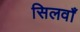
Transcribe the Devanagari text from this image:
सिलवाँ